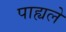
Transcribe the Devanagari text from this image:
पाह्यले